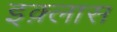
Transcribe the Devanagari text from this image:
इक़्लास